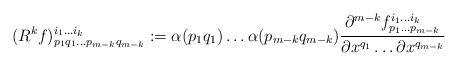
LaTeX: \begin{align*}(R^{k} f)_{p_{1} q_{1} \dots p_{m-k} q_{m-k}}^{i_{1} \dots i_{k}} := \alpha (p_{1} q_{1}) \dots \alpha (p_{m-k} q_{m-k}) \frac{\partial^{m-k} f^{i_{1} \dots i_{k}}_{p_{1} \dots p_{m-k}}}{\partial x^{q_1} \dots \partial x^{q_{m-k}}} \end{align*}